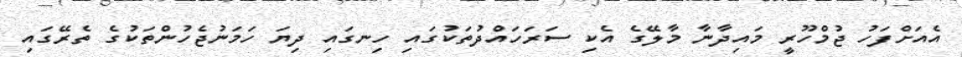
އެއަށްފަހު ޖުމްހޫރީ މައިދާނާ މާލޭގެ އެކި ސަރަހައްދުތަކުގައި ހިނގައި ދިޔަ ހަމަނުޖެހުންތަކުގެ ތެރޭގައި